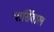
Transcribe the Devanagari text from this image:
पार्सिवाल